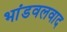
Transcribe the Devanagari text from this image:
भांडवलवाद